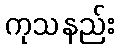
ကုသနည်း